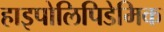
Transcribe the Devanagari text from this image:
हाइपोलिपिडेमिक